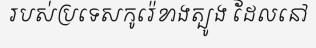
របស់ប្រទេសកូរ៉េខាងត្បូង ដែលនៅ